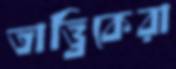
তাত্ত্বিকেরা